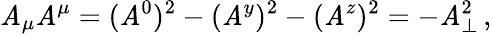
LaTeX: \mathit{A}_{\mu}\mathit{A}^{\mu}=(\mathit{A}^{0})^{2}-(\mathit{A}^{y})^{2}-(\mathit{A}^{z})^{2}=-\mathit{A}_{\perp}^{2}\, ,